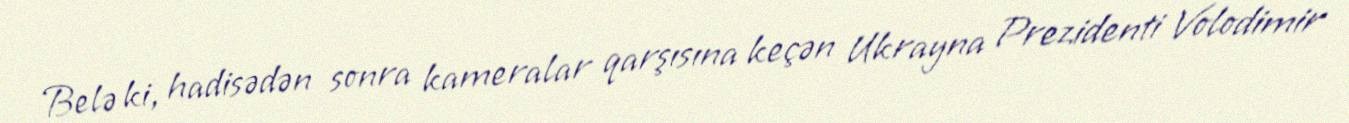
Belə ki, hadisədən sonra kameralar qarşısına keçən Ukrayna Prezidenti Volodimir